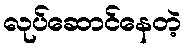
လုပ်ဆောင်နေတဲ့